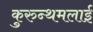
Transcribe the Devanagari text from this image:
कुरुन्थमलाई